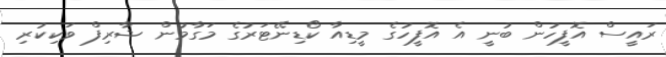
ރައީސް އޮފީހުން ބުނީ އެ އޮފީހުގެ މީޑިއާ ކޯޑިނޭޓަރުގެ މަގާމުން ޝާރިފް ވަކިކުރި